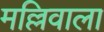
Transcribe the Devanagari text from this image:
मल्लिवाला